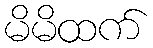
မိမိထက်